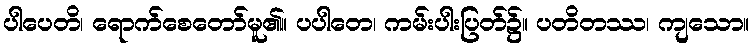
ပါပေတိ၊ ရောက်စေတော်မူ၏။ ပပါတေ၊ ကမ်းပါးပြတ်၌။ ပတိတဿ၊ ကျသော။